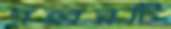
গহ্বরটি